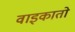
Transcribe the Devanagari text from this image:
वाइकातो